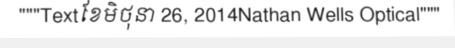
"""Textខែមិថុនា 26, 2014Nathan Wells Optical"""